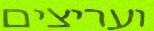
ועריצים